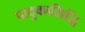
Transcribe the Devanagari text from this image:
पादुकासिद्धि